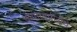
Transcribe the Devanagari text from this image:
कुमारवयीनांचे